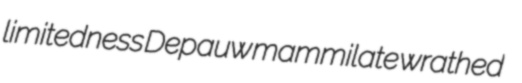
limitedness Depauw mammilate wrathed